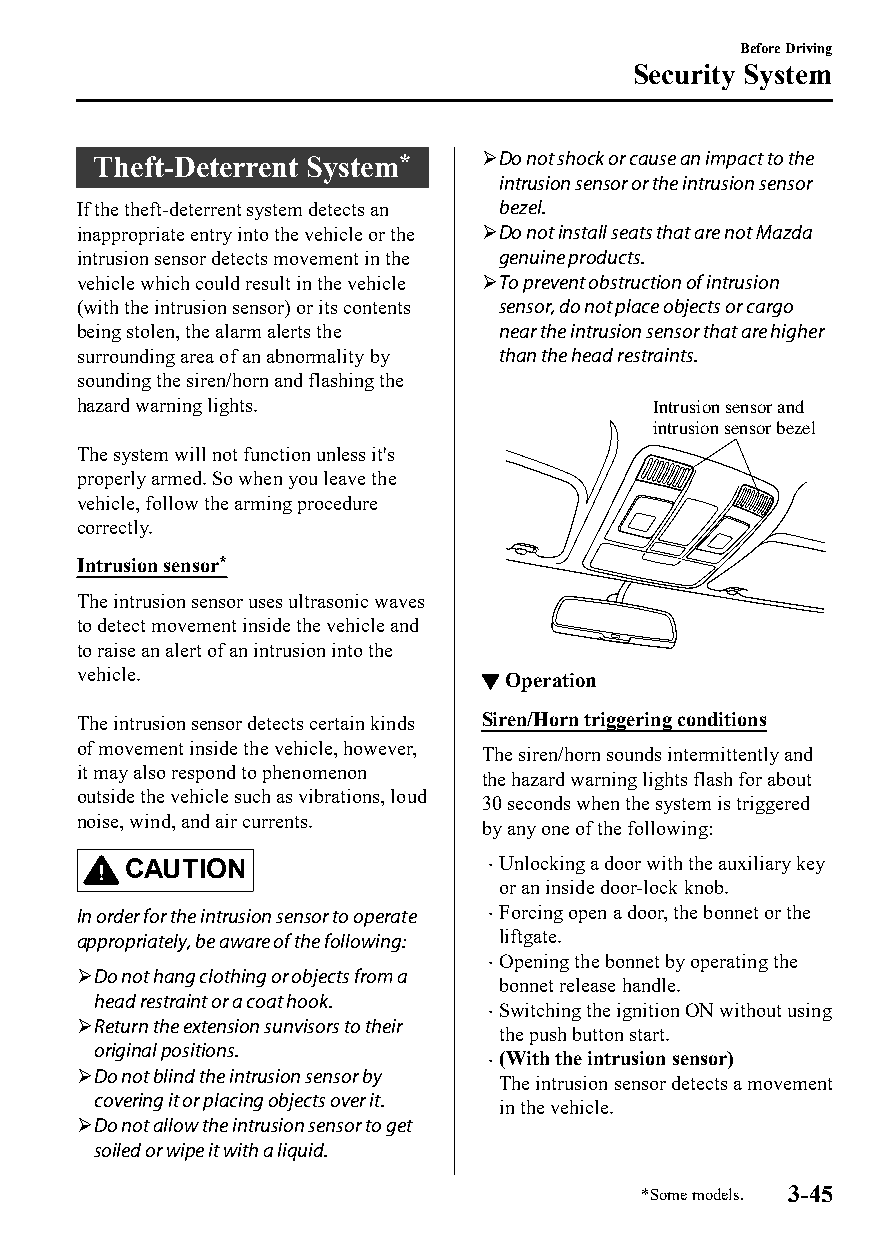
Before Driving
 Security System
 Theft-Deterrent System*   Do not shock or cause an impact to the
 intrusion sensor or the intrusion sensor
 If the theft-deterrent system detects an bezel.
 inappropriate entry into the vehicle or the Do not install seats that are not Mazda
 intrusion sensor detects movement in the genuine products.
 vehicle which could result in the vehicle To prevent obstruction of intrusion
 (with the intrusion sensor) or its contents sensor, do not place objects or cargo
 being stolen, the alarm alerts the near the intrusion sensor that are higher
 surrounding area of an abnormality by than the head restraints.
 sounding the siren/horn and flashing the
 hazard warning lights.                Intrusion sensor and
 intrusion sensor bezel
 The system will not function unless it's
 properly armed. So when you leave the
 vehicle, follow the arming procedure
 correctly.
 Intrusion sensor*
 The intrusion sensor uses ultrasonic waves
 to detect movement inside the vehicle and
 to raise an alert of an intrusion into the
 vehicle.                   ▼Operation
 The intrusion sensor detects certain kinds Siren/Horn triggering conditions
 of movement inside the vehicle, however,
 The siren/horn sounds intermittently and
 it may also respond to phenomenon
 the hazard warning lights flash for about
 outside the vehicle such as vibrations, loud
 30 seconds when the system is triggered
 noise, wind, and air currents.
 by any one of the following:
 CAUTION                  Unlocking a door with the auxiliary key
 or an inside door-lock knob.
 In order for the intrusion sensor to operate  Forcing open a door, the bonnet or the
 appropriately, be aware of the following: liftgate.
 Opening the bonnet by operating the
 
 Do not hang clothing or objects from a
 bonnet release handle.
 head restraint or a coat hook.
 Switching the ignition ON without using
 
 Return the extension sunvisors to their
 the push button start.
 original positions.
 (With the intrusion sensor)
 
 Do not blind the intrusion sensor by
 The intrusion sensor detects a movement
 covering it or placing objects over it.
 in the vehicle.
 Do not allow the intrusion sensor to get
 soiled or wipe it with a liquid.
 *Some models. 3-45
 CX-3_8GT4-EE-18D_Edition4                  2018-9-6 18:32:19